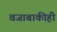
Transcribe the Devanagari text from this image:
वजाबाकीही